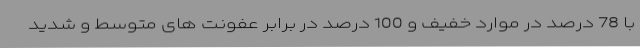
با 78 درصد در موارد خفیف و 100 درصد در برابر عفونت های متوسط و شدید